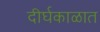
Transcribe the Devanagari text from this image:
दीर्घकाळात